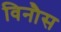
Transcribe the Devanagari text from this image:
विनौस